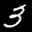
Label: 3